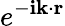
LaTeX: e^{-\mathbf{i}\mathbf{{k}}\cdot\mathbf{{r}}}